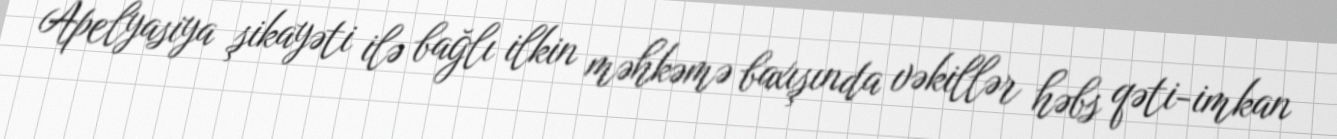
Apelyasiya şikayəti ilə bağlı ilkin məhkəmə baxışında vəkillər həbs qəti-imkan